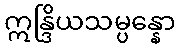
ဣန္ဒြိယသမ္ပန္နော